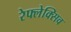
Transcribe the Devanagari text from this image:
रेफ्लेक्सिव